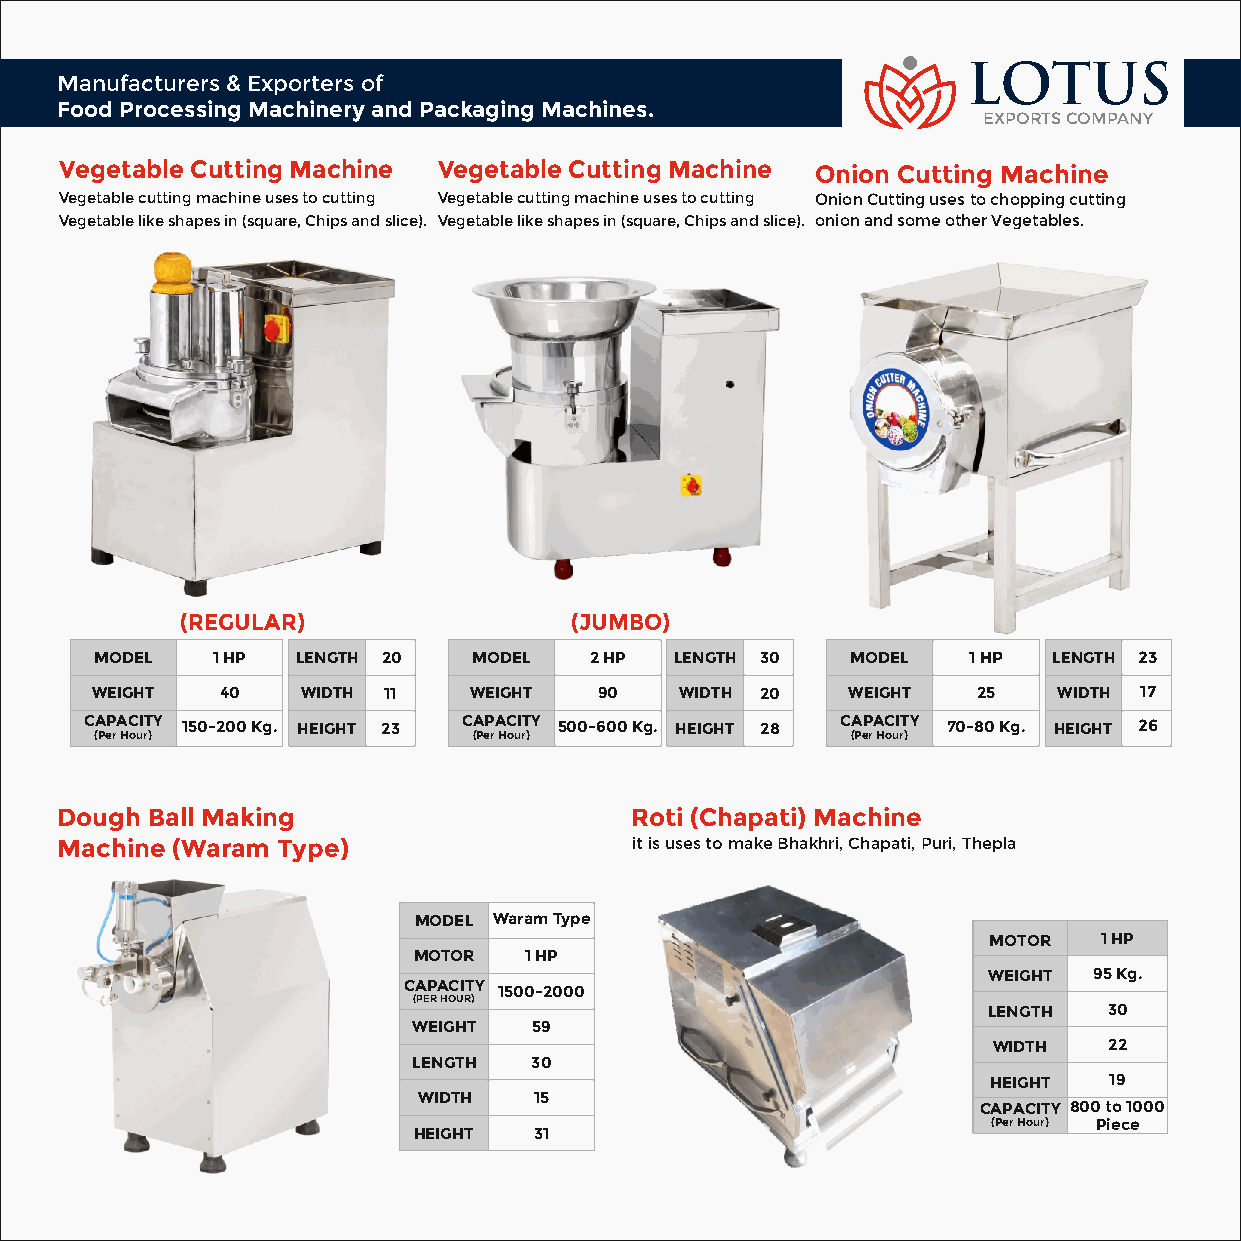
LOTUS
 Manufacturers & Exporters of
 Food Processing Machinery and Packaging Machines.
 EXPORTS COMPANY
 Vegetable Cutting Machine Vegetable Cutting Machine Onion Cutting Machine
 Vegetable cutting machine uses to cutting Vegetable cutting machine uses to cutting Onion Cutting uses to chopping cutting
 Vegetable like shapes in (square, Chips and slice). Vegetable like shapes in (square, Chips and slice). onion and some other Vegetables.
 (REGULAR)                 (JUMBO)
 MODEL   1 HP  LENGTH 20  MODEL   2 HP  LENGTH 30  MODEL   1 HP  LENGTH 23
 WEIGHT   40   WIDTH 11   WEIGHT   90   WIDTH 20   WEIGHT   25   WIDTH 17
 CAPACITY 150-200 Kg. HEIGHT 23 CAPACITY 500-600 Kg. HEIGHT 28 CAPACITY 70-80 Kg. HEIGHT 26
 (Per Hour)               (Per Hour)               (Per Hour)
 Dough Ball Making                     Roti (Chapati) Machine
 Machine (Waram Type)                  it is uses to make Bhakhri, Chapati, Puri, Thepla
 MODEL Waram Type
 MOTOR   1 HP
 MOTOR   1 HP
 WEIGHT 95 Kg.
 CAPACITY 1500-2000
 (PER HOUR)
 LENGTH  30
 WEIGHT  59
 WIDTH  22
 LENGTH  30
 HEIGHT  19
 WIDTH  15
 CAPACITY 800 to 1000
 (Per Hour) Piece
 HEIGHT  31